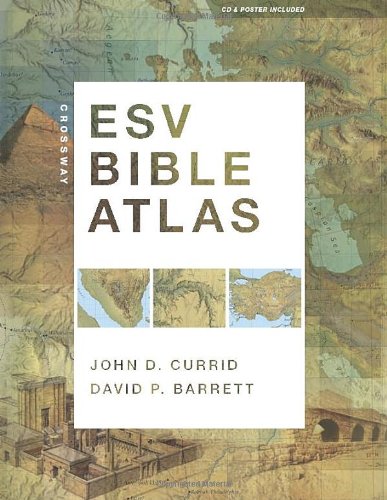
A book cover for Crossway ESV Bible Atlas; John D. Currid; Christian Books & Bibles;